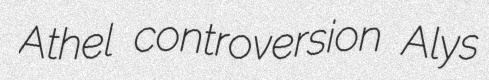
Athel controversion Alys